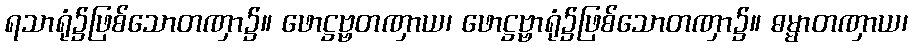
ရသာရုံ၌ဖြစ်သောတဏှာ၌။ ဖောဋ္ဌဗ္ဗတဏှာယ၊ ဖောဋ္ဌဗ္ဗာရုံ၌ဖြစ်သောတဏှာ၌။ ဓမ္မာတဏှာယ၊